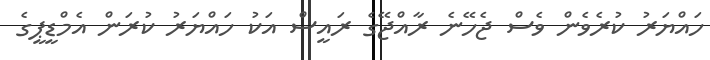
ހައްޔަރު ކުރެވެން ވެސް ޖެހޭނެ ރާއްޖޭގެ ރައީސް އަކު ހައްޔަރު ކުރަން އެމްޑީޕީގެ